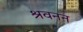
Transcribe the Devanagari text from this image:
श्रवनन